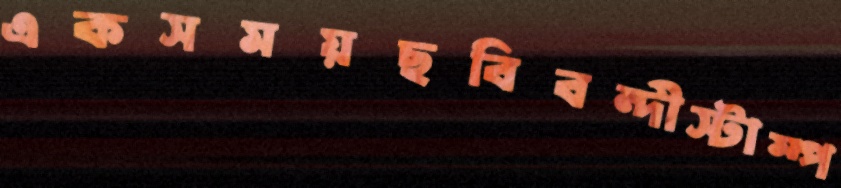
একসময়ছবিবন্দীস্টাম্প